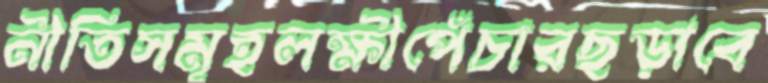
নীতিসমূহলক্ষীপেঁচারছড়াবে